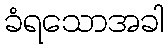
ခံရသောအခါ